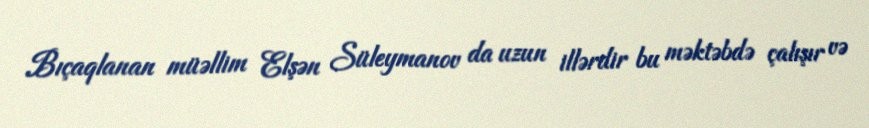
Bıçaqlanan müəllim Elşən Süleymanov da uzun illərdir bu məktəbdə çalışır və